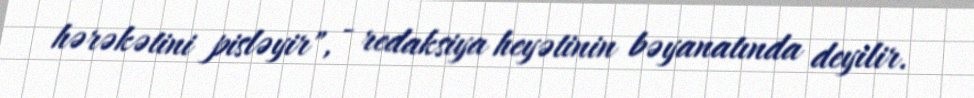
hərəkətini pisləyir", - redaksiya heyətinin bəyanatında deyilir.